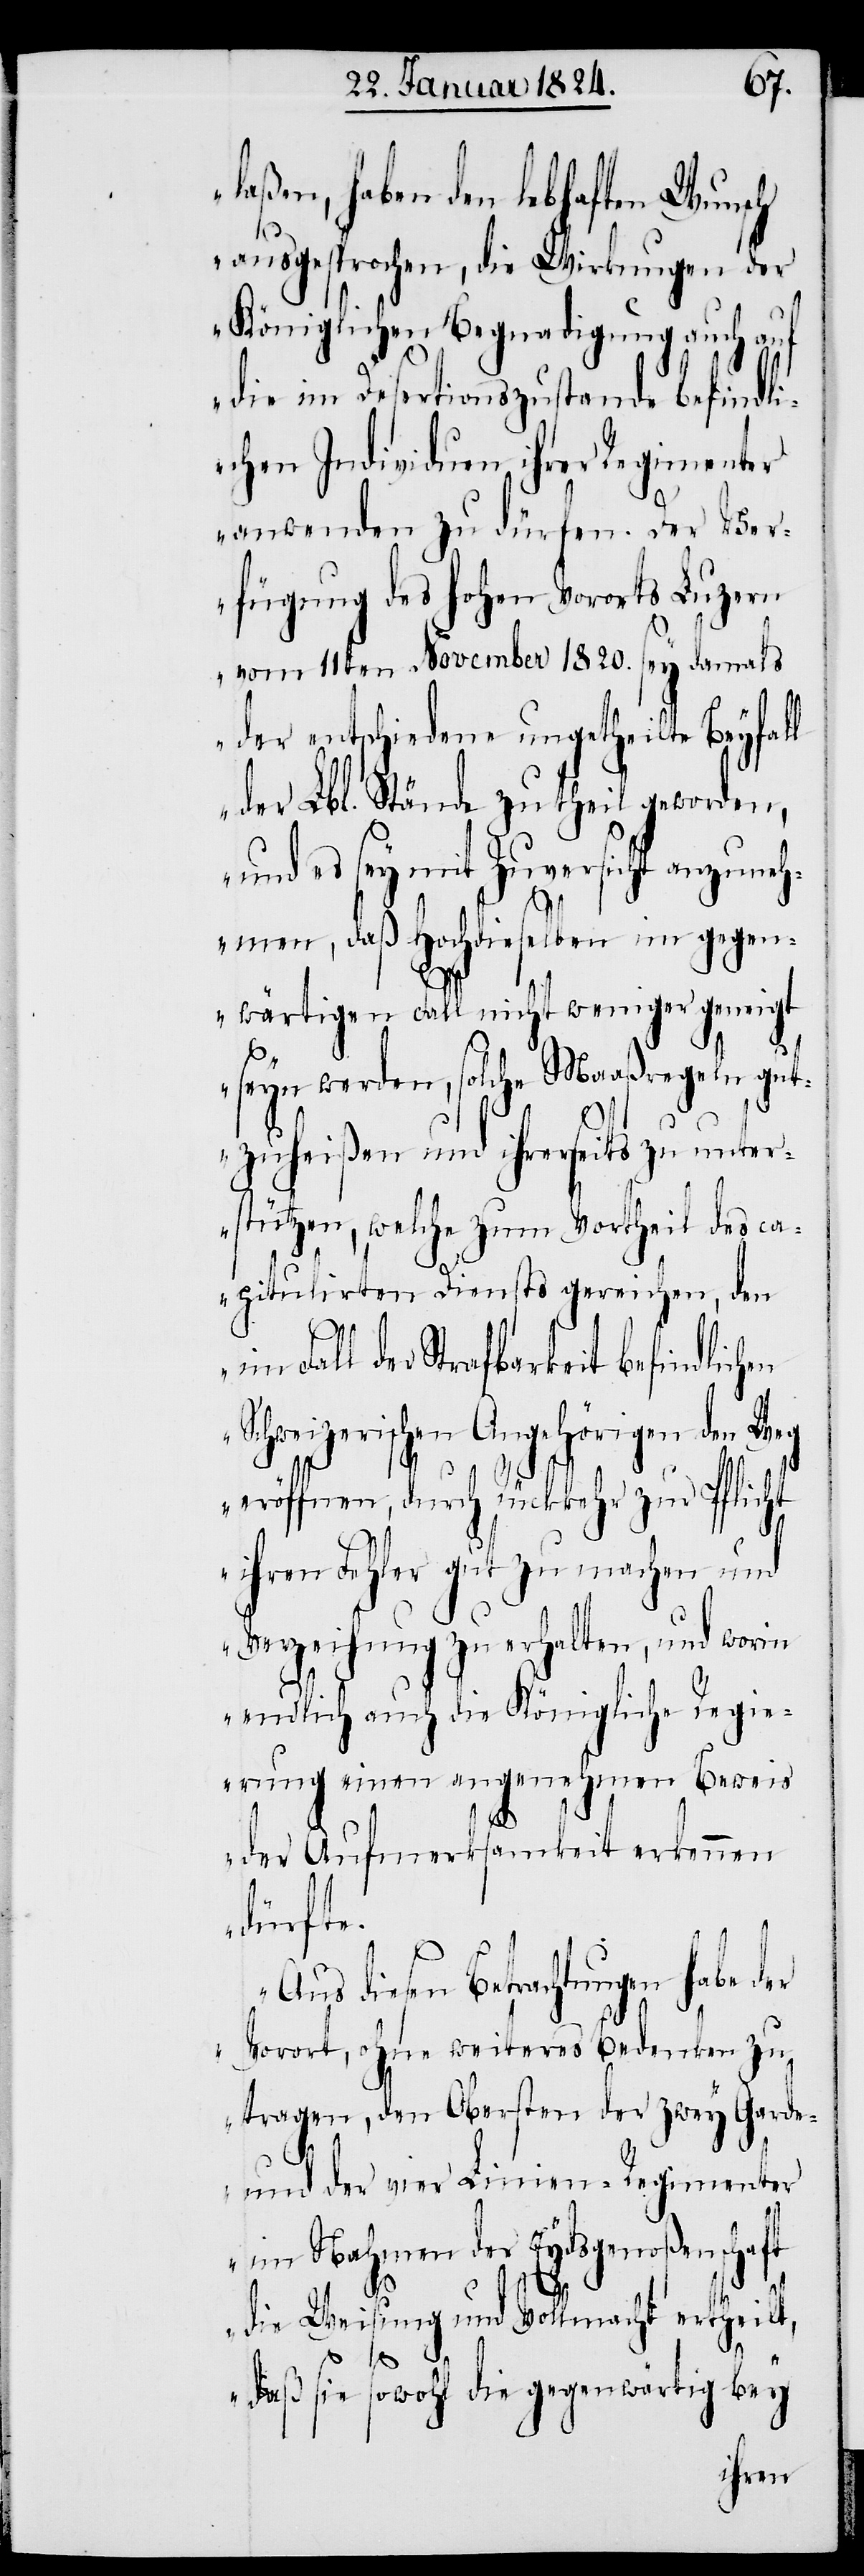
laßen, haben den lebhaften Wunsch
ausgesprochen, die Wirkungen der
Königlichen Begnadigung auch auf
die im Desertationszustande befindl¬
ichen Individuen ihrer Regimenter
anwenden zu dürfen. Der Ver¬
fügung des hohen Vororts Luzern
vom 11ten November 1820. sey damals
der entschiedene ungetheilte Beyfall
der Lbl. Stände zutheil geworden,
und es sey mit Zuversicht anzuneh¬
men, daß Hochdieselben im gegen¬
wärtigen Fall nicht weniger geneigt
seyn werden, solche Maaßregeln gut¬
zuheißen und ihrerseits zu unter¬
stützen, welche zum Vortheil des ca¬
pitulirten Diensts gereichen, den
Fall der Strafbarkeit befindlich¬
en Schweizerischen Angehörigen den Weg
eröffnen, durch Rückkehr zur Pflicht
ihren Fehler gut zu machen und
Verzeihung zu erhalten, und worin
endlich auch die Königliche Regie¬
rung einen angenehmen Beweis
der Aufmerksamkeit erkennen
dürfte.
Aus diesen Betrachtungen habe der
Vorort, ohne weiteres Bedeuten zu
tragen, den Obersten der zwey Garde-
und der vier Linien-Regimenter
im Nahmen der Eydsgenoßenschaft
die Weisung und Vollmacht ertheilt,
daß sie sowohl die gegenwärtig bey